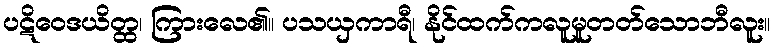
ပဋိဝေဒယိတ္ထ၊ ကြားလေ၏။ ပသယှကာရီ၊ နိုင်ထက်ကလူမူတတ်သောဘီလူး။